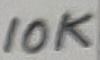
Text: 10K